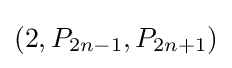
(2,P_{2n-1},P_{2n+1})